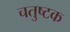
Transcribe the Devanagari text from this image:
चतुष्टक